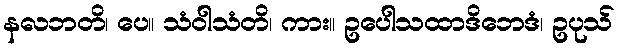
နလဘတိ၊ ပေ။ သံဝါသံတိ၊ ကား။ ဥပေါသထာဒိဘေဒံ၊ ဥပုသ်